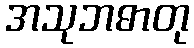
အသုဘဓာတု